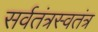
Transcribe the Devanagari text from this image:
सर्वतंत्रस्वतंत्र